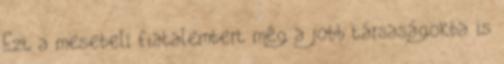
Ezt a mesebeli fiatalembert még a jobb társaságokba is